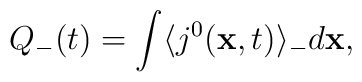
Q_{-}(t)= \int \langle j^{0}({\bf x},t)\rangle _{-}d{\bf x},